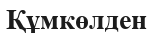
Құмкөлден